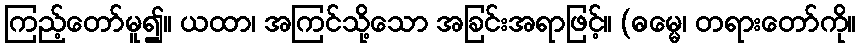
ကြည့်တော်မူ၍။ ယထာ၊ အကြင်သို့သော အခြင်းအရာဖြင့်။ (ဓမ္မေ၊ တရားတော်ကို။